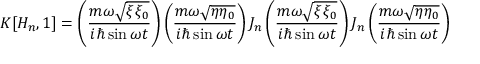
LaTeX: K [ H _ { n } , 1 ] = \left( \frac { m \omega \sqrt { \xi \xi _ { 0 } } } { i \hbar \sin \omega t } \right) \left( \frac { m \omega \sqrt { \eta \eta _ { 0 } } } { i \hbar \sin \omega t } \right) J _ { n } \left( \frac { m \omega \sqrt { \xi \xi _ { 0 } } } { i \hbar \sin \omega t } \right) J _ { n } \left( \frac { m \omega \sqrt { \eta \eta _ { 0 } } } { i \hbar \sin \omega t } \right) \nonumber